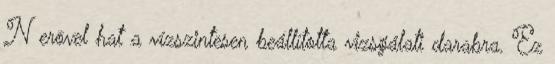
N erõvel hat a vízszintesen beállította vizsgálati darabra. Ez